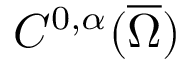
C ^ { 0 , \alpha } ( { \overline { { \Omega } } } )